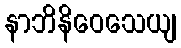
နာဘိနိဝေသေယျ